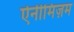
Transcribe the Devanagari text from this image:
ऐनीमिज़म